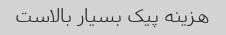
هزینه پیک بسیار بالاست